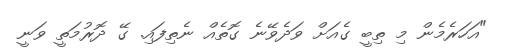
"އަހަރެމެން މި ތިބީ ގެއަށް ވަދެވޭނެ ގޮތެއް ނެތިފައި. ގޭ ދޮރުމަތީ ވަނީ